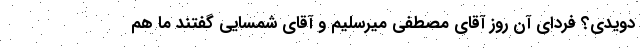
دویدی؟ فردای آن روز آقای مصطفی میرسلیم و آقای شمسایی گفتند ما هم